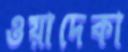
ওয়াদেকা